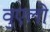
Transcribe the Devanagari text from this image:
वुएलो